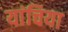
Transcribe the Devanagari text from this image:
यांचिया